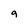
Character: 9